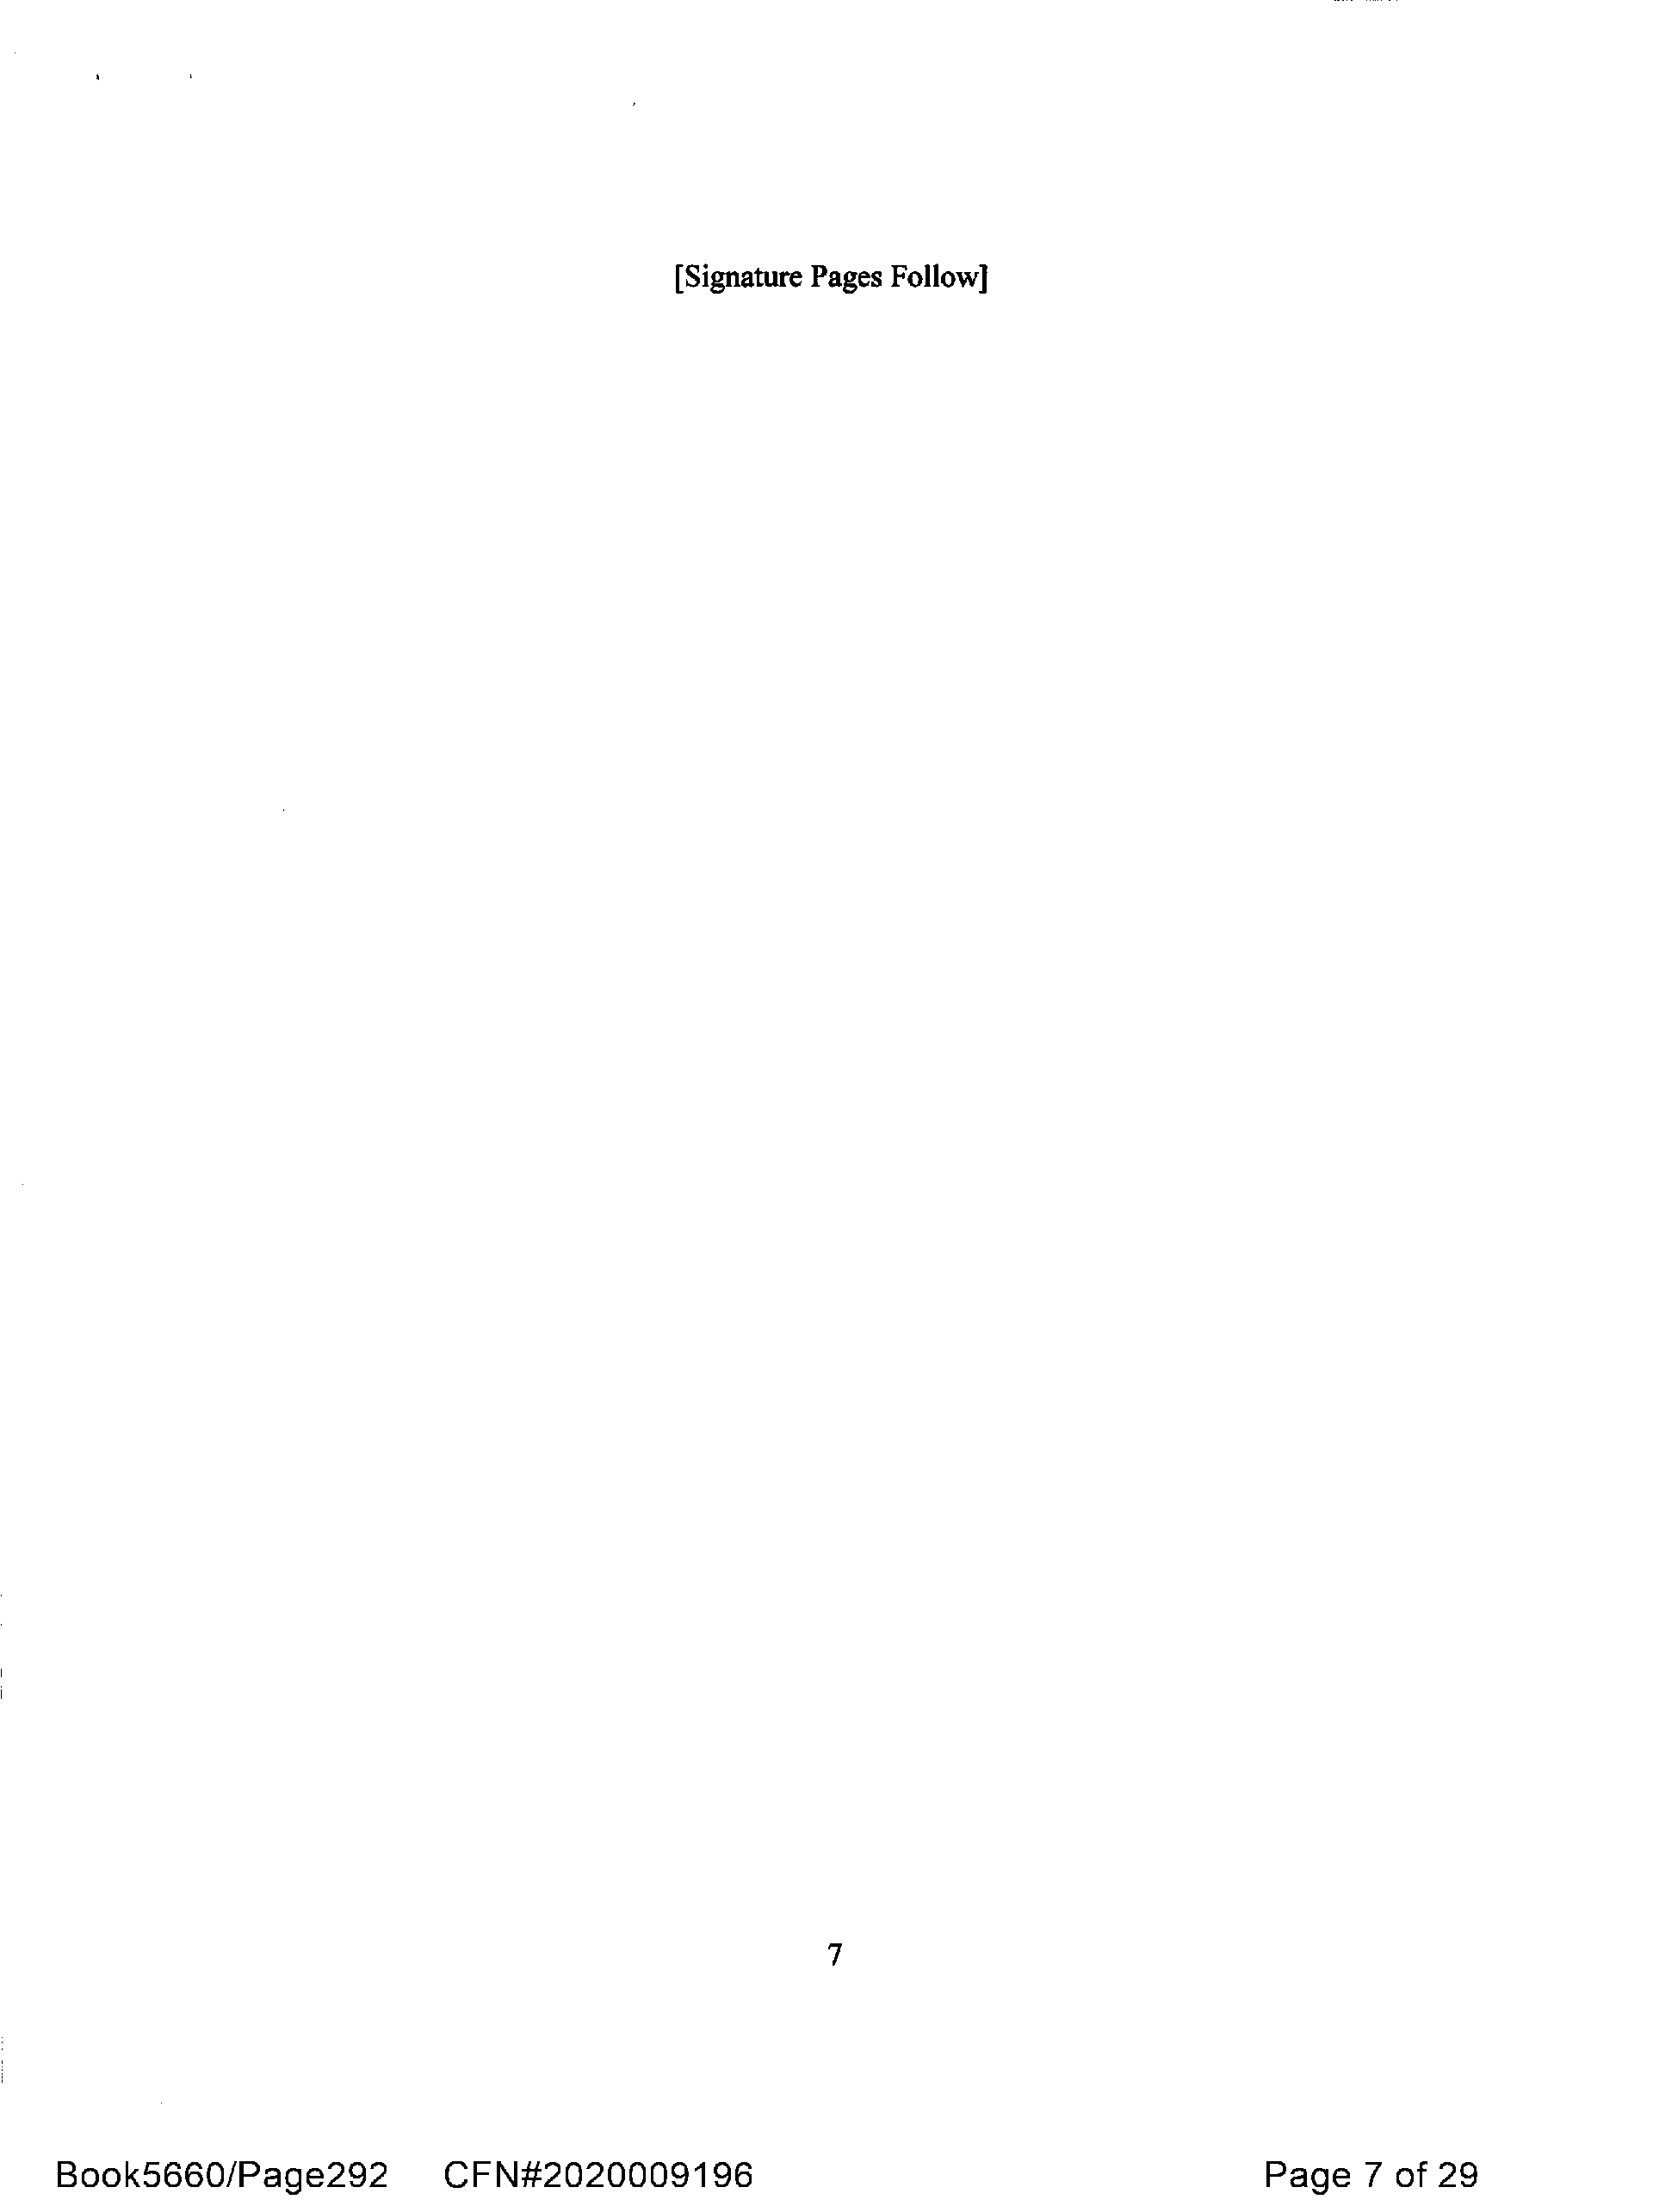
[Signature Pages Follow]
 7
 Book5660/Page292              CFN#2020009196                                                 Page    7 of  29